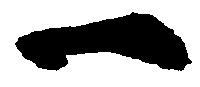
一